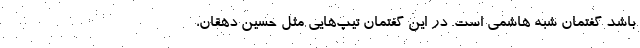
باشد گفتمان شبه هاشمی است. در این گفتمان تیپ‌هایی مثل حسین دهقان،